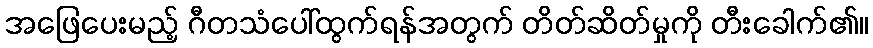
အဖြေပေးမည့် ဂီတသံပေါ်ထွက်ရန်အတွက် တိတ်ဆိတ်မှုကို တီးခေါက်၏။